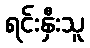
ရင်းနှီးသူ